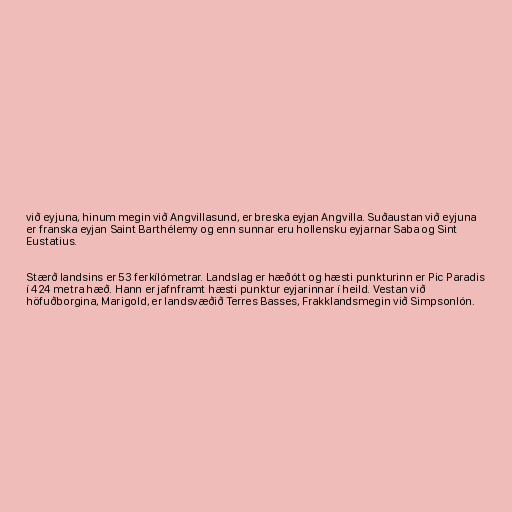
við eyjuna, hinum megin við Angvillasund, er breska eyjan Angvilla. Suðaustan við eyjuna
er franska eyjan Saint Barthélemy og enn sunnar eru hollensku eyjarnar Saba og Sint
Eustatius.

Stærð landsins er 53 ferkílómetrar. Landslag er hæðótt og hæsti punkturinn er Pic Paradis
í 424 metra hæð. Hann er jafnframt hæsti punktur eyjarinnar í heild. Vestan við
höfuðborgina, Marigold, er landsvæðið Terres Basses, Frakklandsmegin við Simpsonlón.